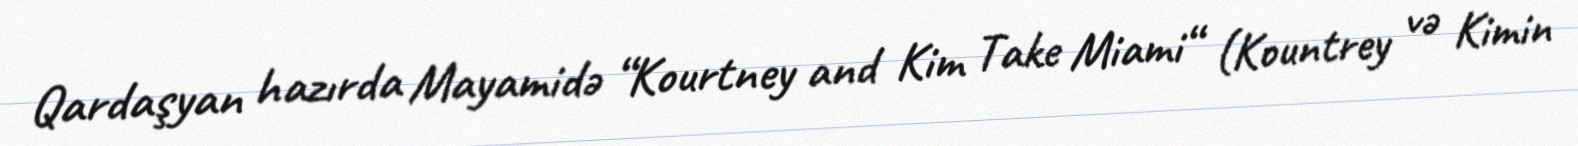
Qardaşyan hazırda Mayamidə “Kourtney and Kim Take Miami“ (Kountrey və Kimin